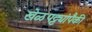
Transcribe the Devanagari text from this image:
खेळपट्ट्यांपैकी